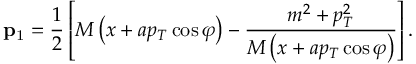
{ \bf p } \mathrm { _ 1 } = \frac 1 2 \left[ M \left( x + a p _ { T } \cos \varphi \right) - \frac { m ^ { 2 } + p _ { T } ^ { 2 } } { M \left( x + a p _ { T } \cos \varphi \right) } \right] .